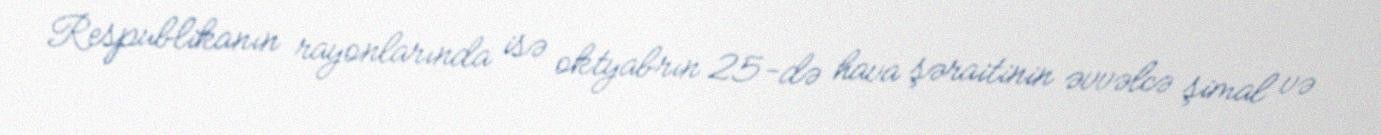
Respublikanın rayonlarında isə oktyabrın 25-də hava şəraitinin əvvəlcə şimal və